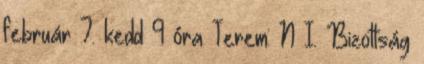
február 7. kedd 9 óra Terem: N I. Bizottság